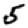
Digit: 5